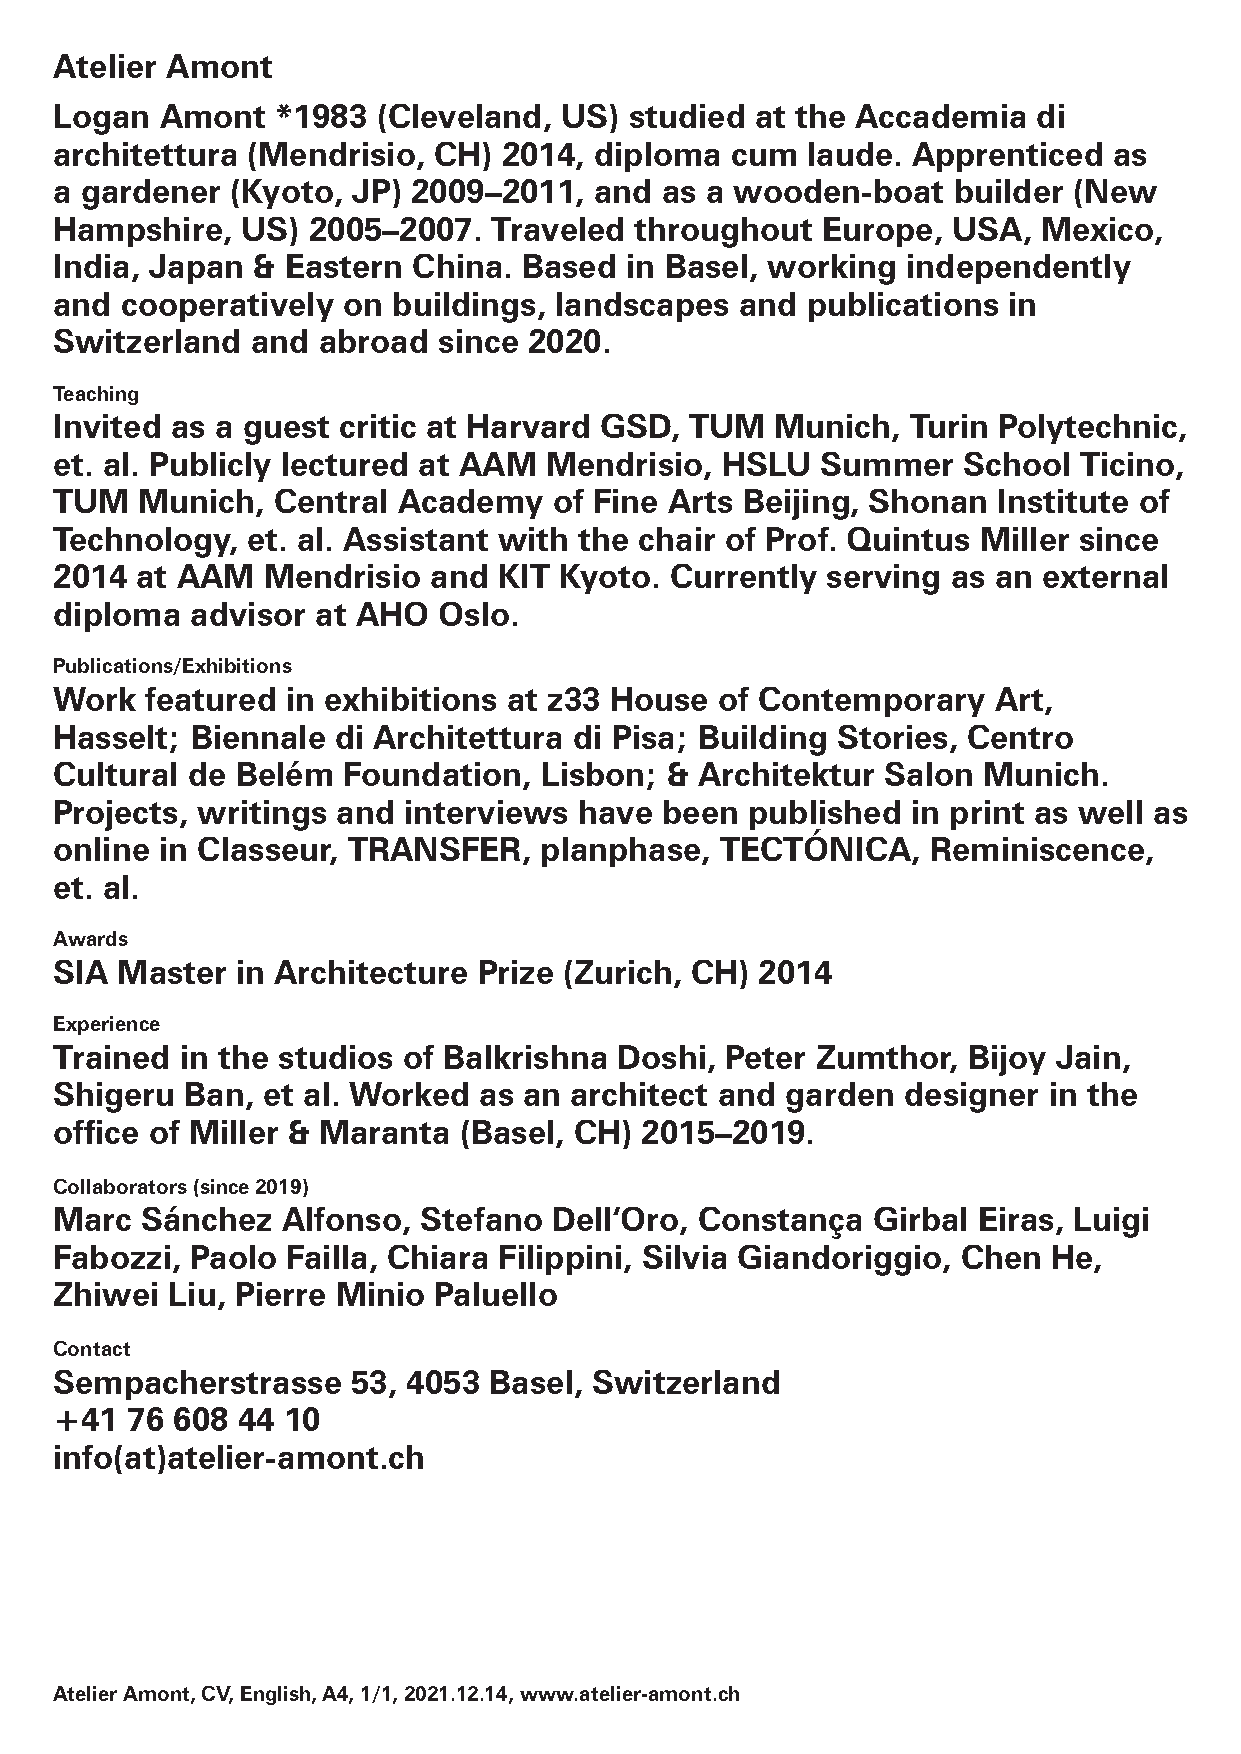
Atelier Amont
 Logan  Amont  *1983  (Cleveland, US)  studied at the Accademia   di
 architettura (Mendrisio, CH) 2014, diploma  cum  laude. Apprenticed   as
 a gardener (Kyoto, JP) 2009–2011,  and  as a wooden-boat   builder (New
 Hampshire,  US) 2005–2007.   Traveled throughout  Europe,  USA,  Mexico,
 India, Japan & Eastern China.  Based in Basel, working  independently
 and cooperatively  on buildings, landscapes  and publications  in
 Switzerland  and abroad  since 2020.
 Teaching
 Invited as a guest critic at Harvard GSD, TUM  Munich,  Turin Polytechnic,
 et. al. Publicly lectured at AAM Mendrisio, HSLU  Summer    School Ticino,
 TUM  Munich,  Central Academy    of Fine Arts Beijing, Shonan Institute of
 Technology, et. al. Assistant with the chair of Prof. Quintus Miller since
 2014 at AAM  Mendrisio  and  KIT Kyoto. Currently  serving as an external
 diploma  advisor at AHO  Oslo.
 Publications/Exhibitions
 Work  featured in exhibitions at z33 House of Contemporary    Art,
 Hasselt; Biennale di Architettura di Pisa; Building Stories, Centro
 Cultural de Belém  Foundation,  Lisbon; & Architektur  Salon Munich.
 Projects, writings and interviews have  been published  in print as well as
 online in Classeur, TRANSFER,   planphase,  TECTÓNICA,    Reminiscence,
 et. al.
 Awards
 SIA Master  in Architecture Prize (Zurich, CH) 2014
 Experience
 Trained in the studios of Balkrishna Doshi, Peter Zumthor,  Bijoy Jain,
 Shigeru Ban, et al. Worked  as an architect and garden  designer in the
 office of Miller & Maranta (Basel, CH) 2015–2019.
 Collaborators (since 2019)
 Marc Sánchez   Alfonso, Stefano  Dell‘Oro, Constança  Girbal Eiras, Luigi
 Fabozzi, Paolo Failla, Chiara Filippini, Silvia Giandoriggio, Chen He,
 Zhiwei Liu, Pierre Minio Paluello
 Contact
 Sempacherstrasse   53, 4053 Basel, Switzerland
 +41 76 608  44 10
 info(at)atelier-amont.ch
 Atelier Amont, CV, English, A4, 1/1, 2021.12.14, www.atelier-amont.ch